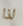
لذا